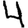
Digit: 4